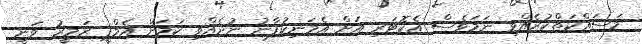
މަސައްކަތްކުރެއްވި ނަމަވެސް އެކޮޓަރި އަށް އެމަނިކުފާނު ނުދެއްވި ކަމަށް އެމްޕީ ޒަމީރު ވަނީ